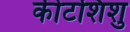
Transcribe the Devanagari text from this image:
कीटशिशु